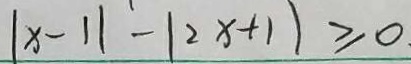
\vert x - 1 \vert - \vert 2 x + 1 \vert \geq 0